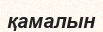
қамалын